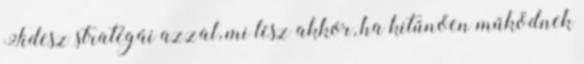
Fidesz stratégái azzal, mi lesz akkor, ha kitűnően működnek